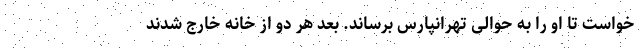
خواست تا او را به حوالی تهرانپارس برساند. بعد هر دو از خانه خارج شدند